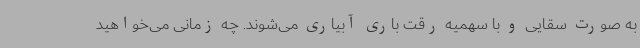
به صورت سقایی و با سهمیه رقت باری آبیاری می‌شوند. چه زمانی می‌خواهید